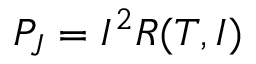
P _ { J } = I ^ { 2 } R ( T , I )